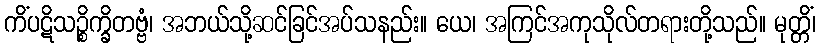
ကိံပဋိသဉ္စိက္ခိတဗ္ဗံ၊ အဘယ်သို့ဆင်ခြင်အပ်သနည်း။ ယေ၊ အကြင်အကုသိုလ်တရားတို့သည်။ မုတ္တိံ၊